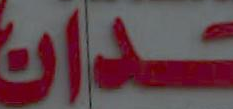
ـدان